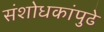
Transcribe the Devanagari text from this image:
संशोधकांपुढे